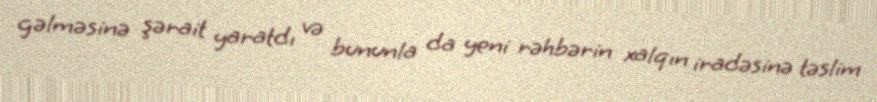
gəlməsinə şərait yaratdı və bununla da yeni rəhbərin xalqın iradəsinə təslim